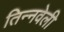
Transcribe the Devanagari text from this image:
तिन्नवेली